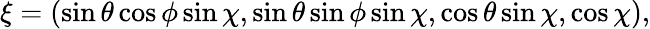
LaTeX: \xi=(\sin\theta\cos\phi\sin\chi,\sin\theta\sin\phi\sin\chi,\cos\theta\sin\chi,\cos\chi),